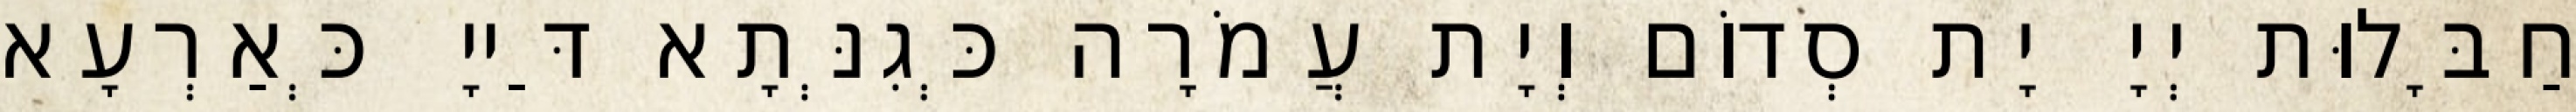
חַבָּלוּת יְיָ יָת סְדוֹם וְיָת עֲמֹרָה כְּגִנְּתָא דַּייָ כְּאַרְעָא